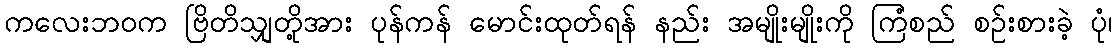
ကလေးဘဝက ဗြိတိသျှတို့အား ပုန်ကန် မောင်းထုတ်ရန် နည်း အမျိုးမျိုးကို ကြံစည် စဉ်းစားခဲ့ ပုံ၊